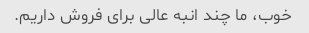
خوب، ما چند انبه عالی برای فروش داریم.